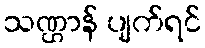
သဏ္ဌာန် ပျက်ရင်